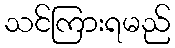
သင်ကြားရမည်